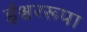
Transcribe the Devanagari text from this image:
ईश्वररूपा